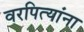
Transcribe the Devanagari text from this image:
वरपित्यांना